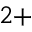
^ { 2 + }